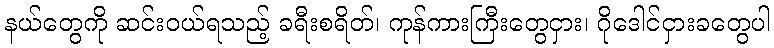
နယ်တွေကို ဆင်းဝယ်ရသည့် ခရီးစရိတ်၊ ကုန်ကားကြီးတွေငှား၊ ဂိုဒေါင်ငှားခတွေပါ